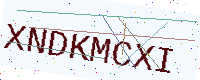
Text: XNDKMCXI